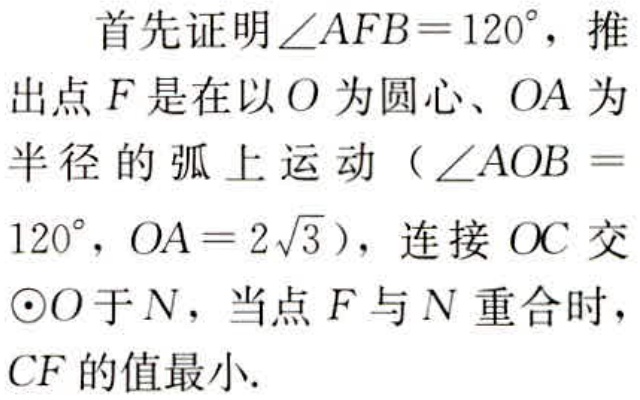
首先证明\(\angle AFB = 120^{\circ}\)，推出点\(F\)是在以\(O\)为圆心、\(OA\)为半径的弧上运动（\(\angle AOB = 120^{\circ}\)，\(OA = 2\sqrt{3}\)），连接\(OC\)交\(\odot O\)于\(N\)，当点\(F\)与\(N\)重合时，\(CF\)的值最小.